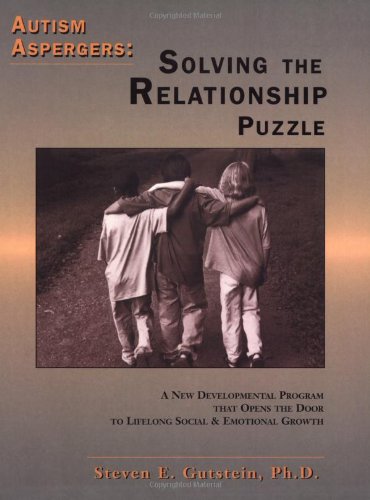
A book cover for Autism Aspergers: Solving the Relationship Puzzle--A New Developmental Program that Opens the Door to Lifelong Social and Emotional Growth; Steven E. Gutstein; Parenting & Relationships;